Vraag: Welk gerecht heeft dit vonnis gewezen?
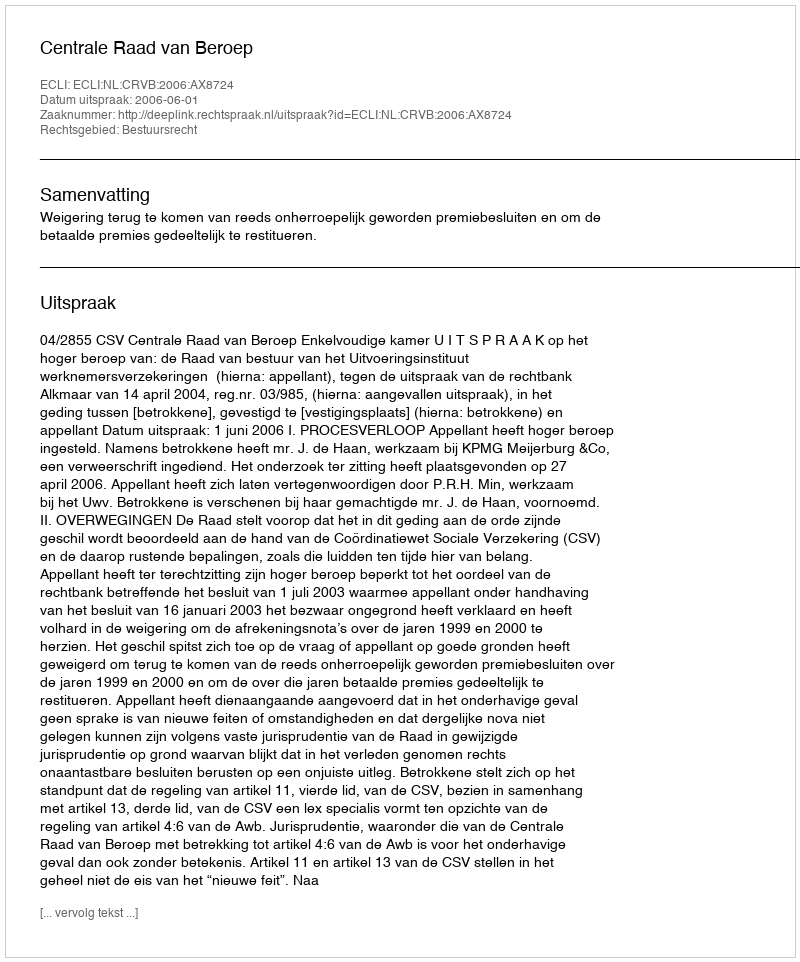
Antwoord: Centrale Raad van Beroep